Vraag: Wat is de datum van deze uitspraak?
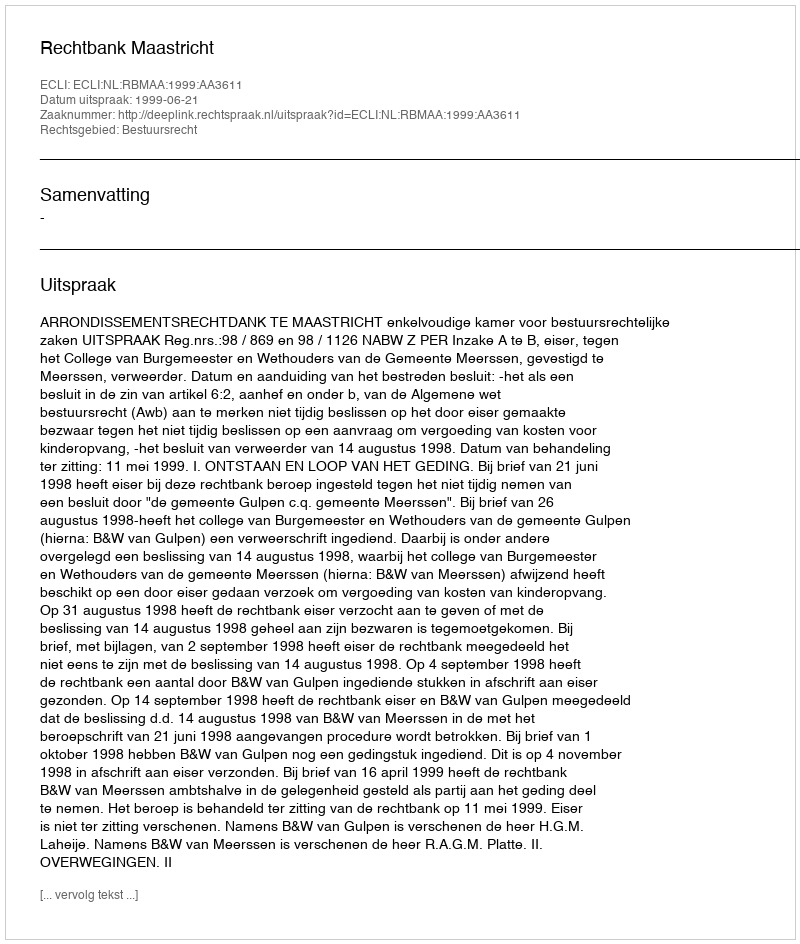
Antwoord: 1999-06-21